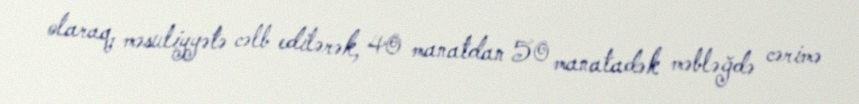
olaraq, məsuliyyətə cəlb edilərək, 40 manatdan 50 manatadək məbləğdə cərimə